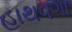
હાથવગા